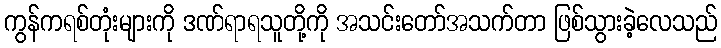
ကွန်ကရစ်တုံးများကို ဒဏ်ရာရသူတို့ကို အသင်းတော်အသက်တာ ဖြစ်သွားခဲ့လေသည်